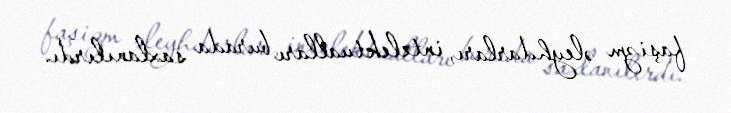
faşizm əleyhdarları, intelektualları burada saxlanılırdı.